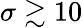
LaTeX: \sigma\gtrsim 10